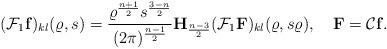
LaTeX: \begin{align*}(\mathcal F_{1} \mathbf f)_{kl}(\varrho,s)=\frac{\varrho^\frac{n+1}2s^\frac{3-n}2}{(2\pi)^{\frac{n-1}2}}\mathbf H_\frac{n-3}2(\mathcal F_{1} \mathbf F)_{kl}(\varrho,s\varrho),\quad\mathbf F=\mathcal C\mathbf f.\end{align*}